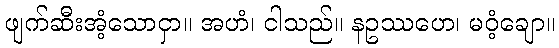
ဖျက်ဆီးအံ့သောငှာ။ အဟံ၊ ငါသည်။ နဥဿဟေ၊ မဝံ့ချော။